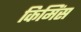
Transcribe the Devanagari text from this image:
किमिंस